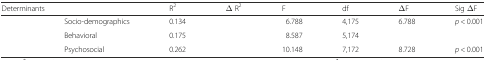
<table><thead><tr><td colspan="2"><b>Determinants</b></td><td><b>R<sup>2</sup></b></td><td><b>Δ R<sup>2</sup></b></td><td><b>F</b></td><td><b>df</b></td><td><b>ΔF</b></td><td><b>Sig ΔF</b></td></tr></thead><tbody><tr><td>[EMPTY_CELL]</td><td>Socio-demographics</td><td>0.134</td><td>[EMPTY_CELL]</td><td>6.788</td><td>4,175</td><td>6.788</td><td><i>p</i> &lt; 0.001</td></tr><tr><td>[EMPTY_CELL]</td><td>Behavioral</td><td>0.175</td><td>[EMPTY_CELL]</td><td>8.587</td><td>5,174</td><td>[EMPTY_CELL]</td><td>[EMPTY_CELL]</td></tr><tr><td>[EMPTY_CELL]</td><td>Psychosocial</td><td>0.262</td><td>[EMPTY_CELL]</td><td>10.148</td><td>7,172</td><td>8.728</td><td><i>p</i> &lt; 0.001</td></tr></tbody></table>